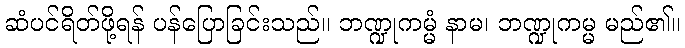
ဆံပင်ရိတ်ဖို့ရန် ပန်ပြောခြင်းသည်။ ဘဏ္ဍုကမ္မံ နာမ၊ ဘဏ္ဍုကမ္မ မည်၏။